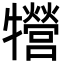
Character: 㹚